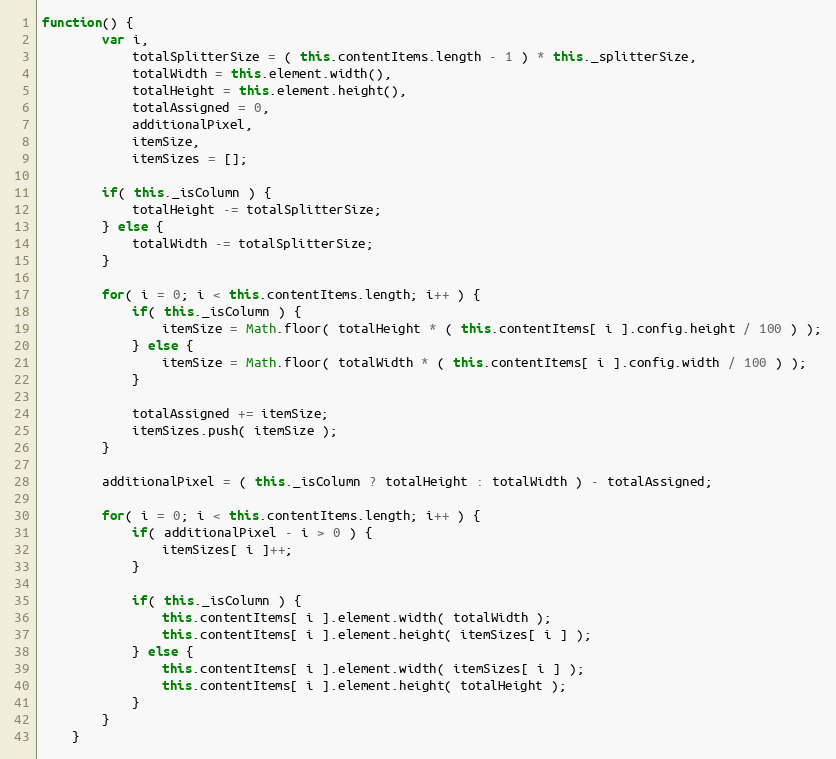
Language: JavaScript
function() {
		var i,
			totalSplitterSize = ( this.contentItems.length - 1 ) * this._splitterSize,
			totalWidth = this.element.width(),
			totalHeight = this.element.height(),
			totalAssigned = 0,
			additionalPixel,
			itemSize,
			itemSizes = [];

		if( this._isColumn ) {
			totalHeight -= totalSplitterSize;
		} else {
			totalWidth -= totalSplitterSize;
		}

		for( i = 0; i < this.contentItems.length; i++ ) {
			if( this._isColumn ) {
				itemSize = Math.floor( totalHeight * ( this.contentItems[ i ].config.height / 100 ) );
			} else {
				itemSize = Math.floor( totalWidth * ( this.contentItems[ i ].config.width / 100 ) );
			}

			totalAssigned += itemSize;
			itemSizes.push( itemSize );
		}

		additionalPixel = ( this._isColumn ? totalHeight : totalWidth ) - totalAssigned;

		for( i = 0; i < this.contentItems.length; i++ ) {
			if( additionalPixel - i > 0 ) {
				itemSizes[ i ]++;
			}

			if( this._isColumn ) {
				this.contentItems[ i ].element.width( totalWidth );
				this.contentItems[ i ].element.height( itemSizes[ i ] );
			} else {
				this.contentItems[ i ].element.width( itemSizes[ i ] );
				this.contentItems[ i ].element.height( totalHeight );
			}
		}
	}